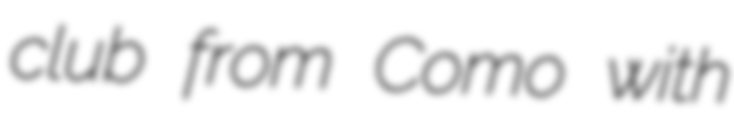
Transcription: club from Como with